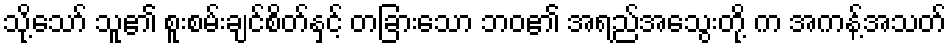
သို့သော် သူ၏ စူးစမ်းချင်စိတ်နှင့် တခြားသော ဘဝ၏ အရည်အသွေးတို့ က အကန့်အသတ်